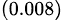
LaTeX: _{(0.008)}